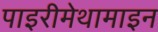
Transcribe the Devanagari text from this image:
पाइरीमेथामाइन